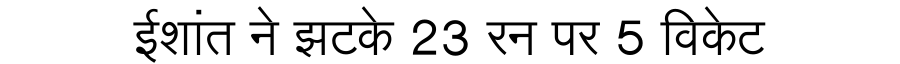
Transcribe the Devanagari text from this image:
ईशांत ने झटके 23 रन पर 5 विकेट